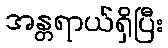
အန္တရာယ်ရှိပြီး